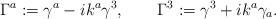
\begin{align*} \Gamma^a := \gamma^a - i k^a \gamma^3, \qquad \Gamma^3 := \gamma^3 + i k^a \gamma_a.\end{align*}